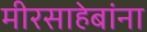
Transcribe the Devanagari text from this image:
मीरसाहेबांना